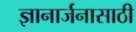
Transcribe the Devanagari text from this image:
ज्ञानार्जनासाठी